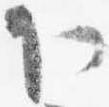
下